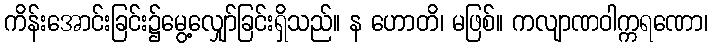
ကိန်းအောင်းခြင်း၌မွေ့လျှော်ခြင်းရှိသည်။ န ဟောတိ၊ မဖြစ်။ ကလျာဏဝါက္ကရဏော၊